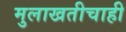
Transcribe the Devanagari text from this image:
मुलाखतीचाही